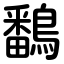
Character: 鷭